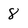
Character: 8